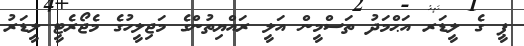
ޕީ ގެ ލީޑަރ އަޙްމަދު ތަސްމީން އަލީ ރައްޔިތުންގެ މަޖިލީހުގެ މެޖޯރެޓީ ލީޑަރު